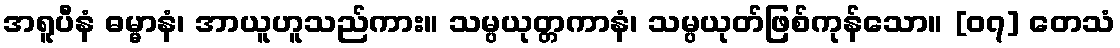
အရူပီနံ ဓမ္မာနံ၊ အာယူဟူသည်ကား။ သမ္ပယုတ္တကာနံ၊ သမ္ပယုတ်ဖြစ်ကုန်သော။ [၀၇] တေသံ